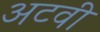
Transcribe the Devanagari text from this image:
अटवी